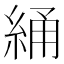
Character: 𬗝